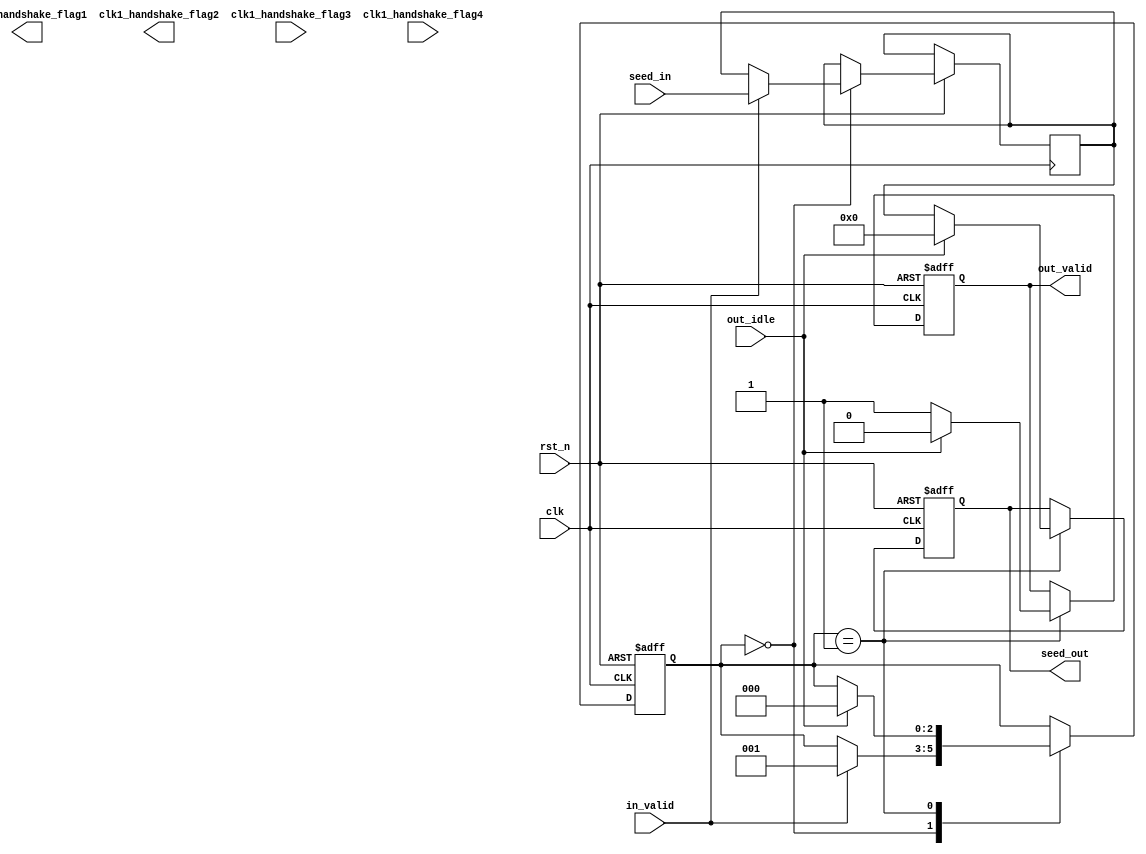
module CLK_1_MODULE (
           clk,
           rst_n,
           in_valid,
           seed_in,
           out_idle,
           out_valid,
           seed_out,

           clk1_handshake_flag1,
           clk1_handshake_flag2,
           clk1_handshake_flag3,
           clk1_handshake_flag4
       );

input clk;
input rst_n;
input in_valid;
input [31:0] seed_in;
input out_idle; // sidle
output reg out_valid;
output reg [31:0] seed_out; // connect to handshake din

// You can change the input / output of the custom flag ports
output reg clk1_handshake_flag1;
output reg clk1_handshake_flag2;
input      clk1_handshake_flag3;
input      clk1_handshake_flag4;

reg  [2:0] state;
reg [31:0] seed_temp;
always@(posedge clk or negedge rst_n) begin
    if(!rst_n) begin
        state <= 0;
        out_valid <= 0 ;
        seed_out <= 0;

    end
    else begin
        case(state)
            0: begin
                if(in_valid) begin
                    seed_temp <= seed_in;
                    state <= 1;
                end
            end
            1: begin
                if(out_idle == 0) begin
                    out_valid <= 1;         //start to transmit
                    seed_out <= seed_temp;
                end
                else begin
                    out_valid <= 0;   //end transmit
                    seed_out <= 0;
                    state <= 0;
                end
            end
        endcase
    end
end


endmodule

    module CLK_2_MODULE (
        clk,
        rst_n,
        in_valid,
        fifo_full,
        seed,
        out_valid,
        rand_num,
        busy,

        handshake_clk2_flag1,
        handshake_clk2_flag2,
        handshake_clk2_flag3,
        handshake_clk2_flag4,

        clk2_fifo_flag1,
        clk2_fifo_flag2,
        clk2_fifo_flag3,
        clk2_fifo_flag4
    );

input clk;
input rst_n;
input in_valid;
input fifo_full;
input [31:0] seed;
output reg  out_valid;
output reg [31:0] rand_num;
output reg busy;

// You can change the input / output of the custom flag ports
input handshake_clk2_flag1;
input handshake_clk2_flag2;
output reg handshake_clk2_flag3;
output reg handshake_clk2_flag4;

output clk2_fifo_flag1;
output clk2_fifo_flag2;
input clk2_fifo_flag3; // full
input clk2_fifo_flag4;

reg [2:0] state;
reg [8:0] clk2_cnt;

reg [31:0]last_data;
reg [31:0]last_data2;
reg [31:0]seed_temp;
reg [31:0]next_data;
always@(*) begin
    next_data = seed_temp;
    next_data = next_data ^ (next_data << 13);
    next_data = next_data ^ (next_data >> 17);
    next_data = next_data ^ (next_data <<  5);
end


reg even_full;
always@(posedge clk or negedge rst_n) begin
    if(!rst_n) begin
        state <= 0;
        clk2_cnt <= 0 ;

        out_valid <= 0 ;
        rand_num  <= 0;
        busy <= 0;

        seed_temp <= 0;
        last_data <= 0;
        last_data2 <= 0;

        even_full <= 0;
    end
    else begin
        case(state)
            0: begin
                even_full <= 0;
                clk2_cnt <= 0;
                if(in_valid == 1) begin // load seed
                    seed_temp <= seed ;
                    busy <= 1 ;
                    state <= 1;
                end
            end
            1: begin
                busy <= 0 ;
                state <= 2;
            end
            //////// full
            2: begin // start calculate
                if(clk2_fifo_flag3 == 0) begin
                    out_valid <= 1;
                    rand_num <= next_data;
                    seed_temp <= next_data;
                    last_data <= rand_num;
                    last_data2 <= last_data ;
                    clk2_cnt <= clk2_cnt + 1 ;
                    if(clk2_cnt == 256) begin// 4.1 to 6  else to 3
                        if( even_full == 0) begin
                            state <= 6;
                            out_valid <= 0 ;
                        end
                        else begin
                            state <= 4;
                            rand_num <=  seed_temp ;
                        end

                    end
                end
                else begin // full need wait
                    seed_temp <= last_data2;

                    even_full <= 1;
                    out_valid <= 0;
                    rand_num <=  last_data2;
                    state <= 3;
                end
            end

            3: begin
                if(clk2_fifo_flag3 == 0) begin
                    state <= 2;
                    clk2_cnt <= clk2_cnt - 2 ;
                end
            end
            ///////////
            4: begin
                state <= 5;
            end
            5: begin
                if(clk2_fifo_flag3 == 0)
                    state <= 6;
            end
            //////////
            6: begin
                if(clk2_fifo_flag3 == 0) begin
                    state <= 0;
                    out_valid <= 0 ;
                end

                clk2_cnt <= 0 ;
                rand_num  <= 0;
                busy <= 0;
                seed_temp <= 0;
            end

        endcase
    end
end

endmodule

    module CLK_3_MODULE (
        clk,
        rst_n,
        fifo_empty,
        fifo_rdata,
        fifo_rinc,
        out_valid,
        rand_num,

        fifo_clk3_flag1,
        fifo_clk3_flag2,
        fifo_clk3_flag3,
        fifo_clk3_flag4
    );

input clk;
input rst_n;
input fifo_empty;
input [31:0] fifo_rdata;
output reg fifo_rinc;
output reg out_valid;
output reg [31:0] rand_num;

// You can change the input / output of the custom flag ports
output fifo_clk3_flag1;
output fifo_clk3_flag2;
input fifo_clk3_flag3;
input fifo_clk3_flag4;

reg [2:0] state;

reg [8:0] out_cnt;

always@(posedge clk or negedge rst_n) begin
    if(!rst_n) begin
        out_cnt <= 0;
        state <= 0;

        fifo_rinc <= 0 ;
        out_valid <= 0 ;
        rand_num  <= 0 ;
    end
    else begin
        case(state)
            0: begin
                //if(fifo_empty == 0) begin // start read data
                if(fifo_clk3_flag3 == 0) begin
                    fifo_rinc <= 1;
                    state <= 1;
                end
            end
            1: begin
                state <= 2;
            end // wait one cycles
            2: begin
                out_cnt <=  out_cnt + 1;

                fifo_rinc <= 1;
                out_valid <= 1;
                rand_num <= fifo_rdata;

                if(out_cnt == 256) begin
                    state <= 3;
                    out_valid <= 0;
                    rand_num <= 0;
                end
            end
            3: begin
                state <= 0;
                out_cnt <= 0;
                fifo_rinc <= 0 ;
                out_valid <= 0 ;
                rand_num  <= 0 ;
            end
        endcase
    end
end

endmodule